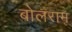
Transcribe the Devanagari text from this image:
बोलराम